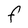
Character: F